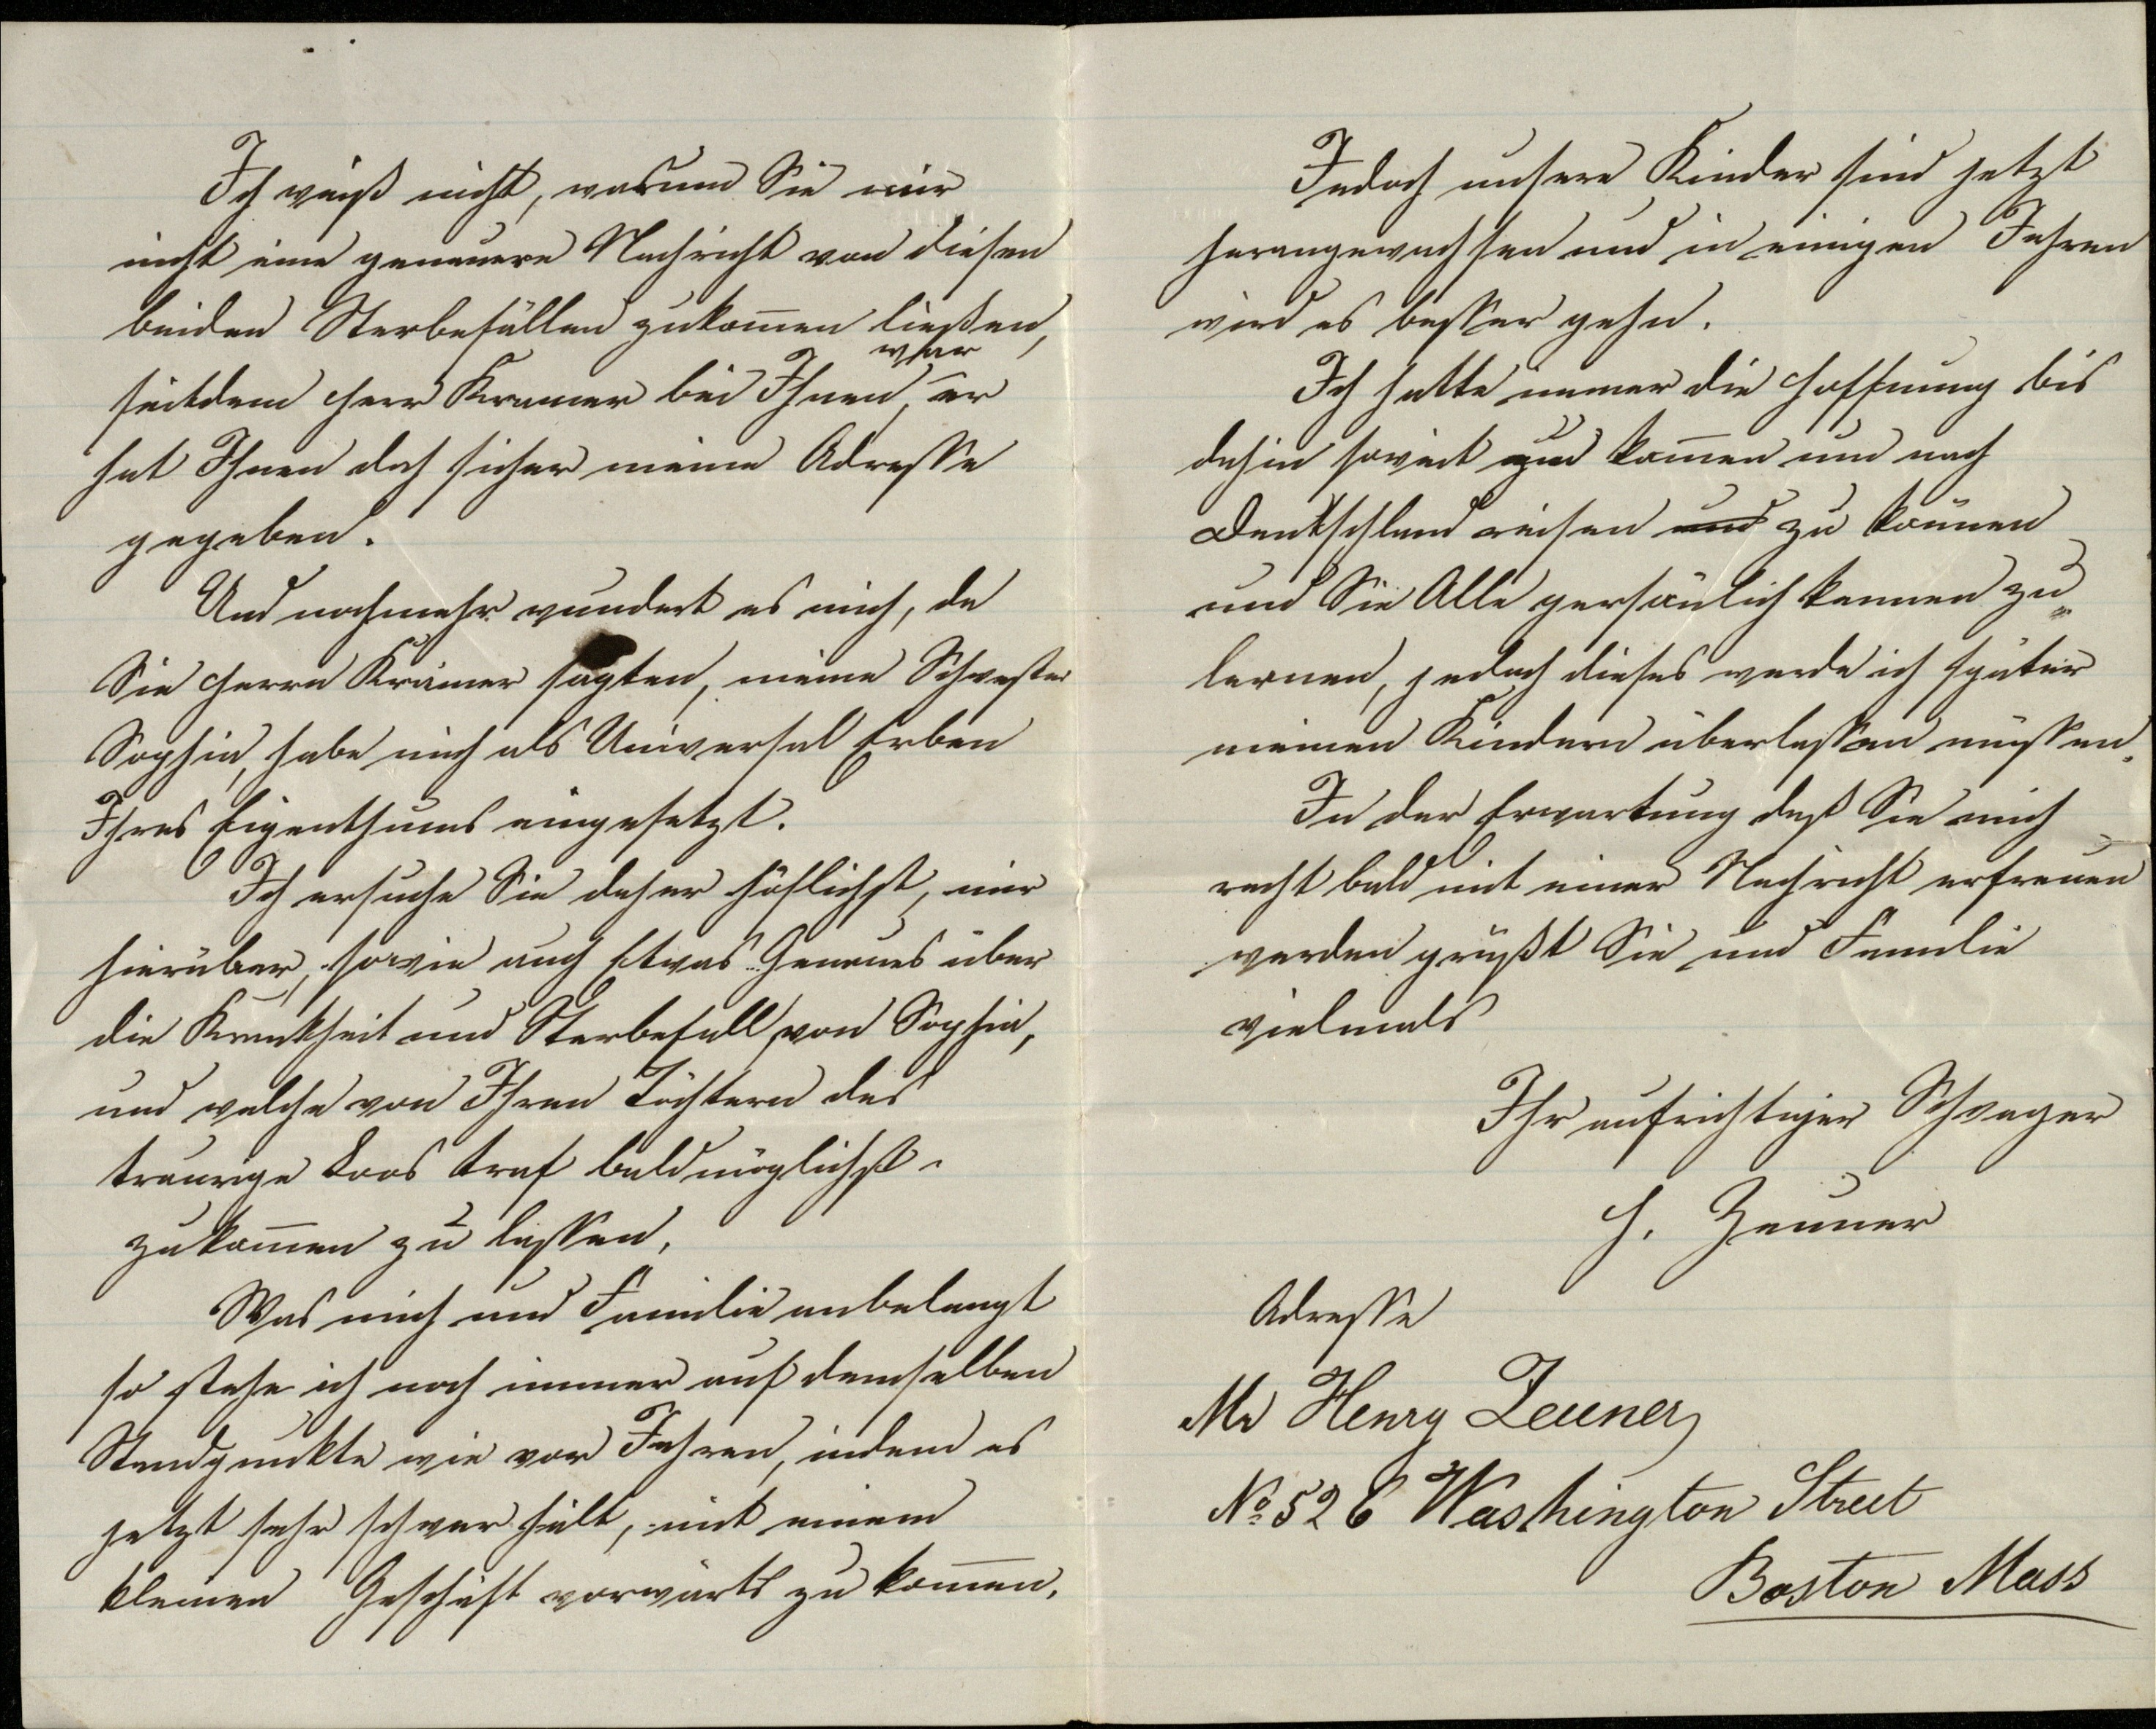
Jedoch unsere Kinder sind jetzt
herangewachsen und in einigen Jahren
wird es besser gehen.
Ich hatte immer die Hoffnung bis
dahin soweit zu kommen und nach
Deutschland reisen und zu können
und Sie Alle persönlich kennen zu
lernen, jedoch dieses werde ich später
meinen Kindern überlassen müßen.
In der Erwartung daß Sie mich
recht bald mit einer Nachricht erfreuen
werden grüßt Sie und Familie
vielmals
Ihr aufrichtiger Schwager
H. Zeuner
Adresse
Mr. Henry Zeuner
No. 526 Washington Street
Boston Mass

Ich weiß nicht, warum Sie mir
nicht eine genauere Nachricht von diesen
beiden Sterbefällen zukommen ließen,
seitdem Herr Kremer bei Ihnen war, er
hat Ihnen doch sicher meine Adresse
gegeben.
Und nochmehr wundert es mich, da
Sie Herrn Kremer sagten, meine Schwester
Sophie, habe mich als Universal Erben
Ihres Eigenthums eingesetzt.
Ich ersuche Sie daher höflichst, mir
hierüber, sowie auch Etwas ... Genaues über
die Krankheit und Sterbefall von Sophie,
und welche von Ihren Töchtern das
traurige Loos traf baldmöglichst
zukommen zu lassen,
Was mich und Familie anbelangt
so stehe ich noch immer auf demselben
Standpunkte wie vor Jahren, indem es
jetzt sehr schwer fällt, mit meinem
kleinen Geschäft vorwärts zu kommen,